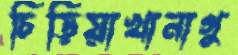
চিড়িয়াখানাগু